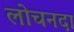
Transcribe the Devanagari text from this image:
लोचनदा